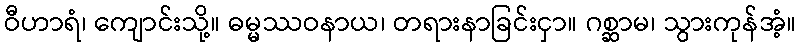
ဝီဟာရံ၊ ကျောင်းသို့။ ဓမ္မဿဝနာယ၊ တရားနာခြင်းငှာ။ ဂစ္ဆာမ၊ သွားကုန်အံ့။